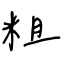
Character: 粗